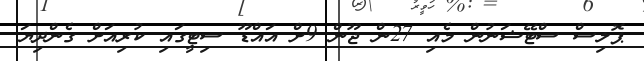
ޕޮލިސް ސްޓޭޝަނުން މެއި 27ން ޖޫން 9ށް އައްޑޫ ސިޓީގައި ކުރިއަށް ގެންދިޔަ